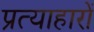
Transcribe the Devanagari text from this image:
प्रत्याहारों